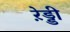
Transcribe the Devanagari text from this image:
रे़ड्डी